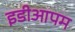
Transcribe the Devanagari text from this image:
इडीआपम